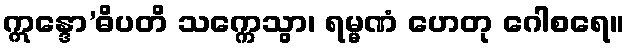
ဣန္ဒော’ဓိပတိ သက္ကေသွာ၊ ရမ္မဏံ ဟေတု ဂေါစရေ။